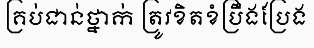
គ្រប់ជាន់ថ្នាក់ ត្រូវខិតខំប្រឹងប្រែង